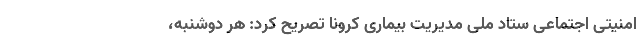
امنیتی اجتماعی ستاد ملی مدیریت بیماری کرونا تصریح کرد: هر دوشنبه،